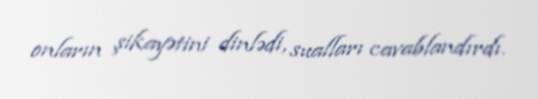
onların şikayətini dinlədi, sualları cavablandırdı.